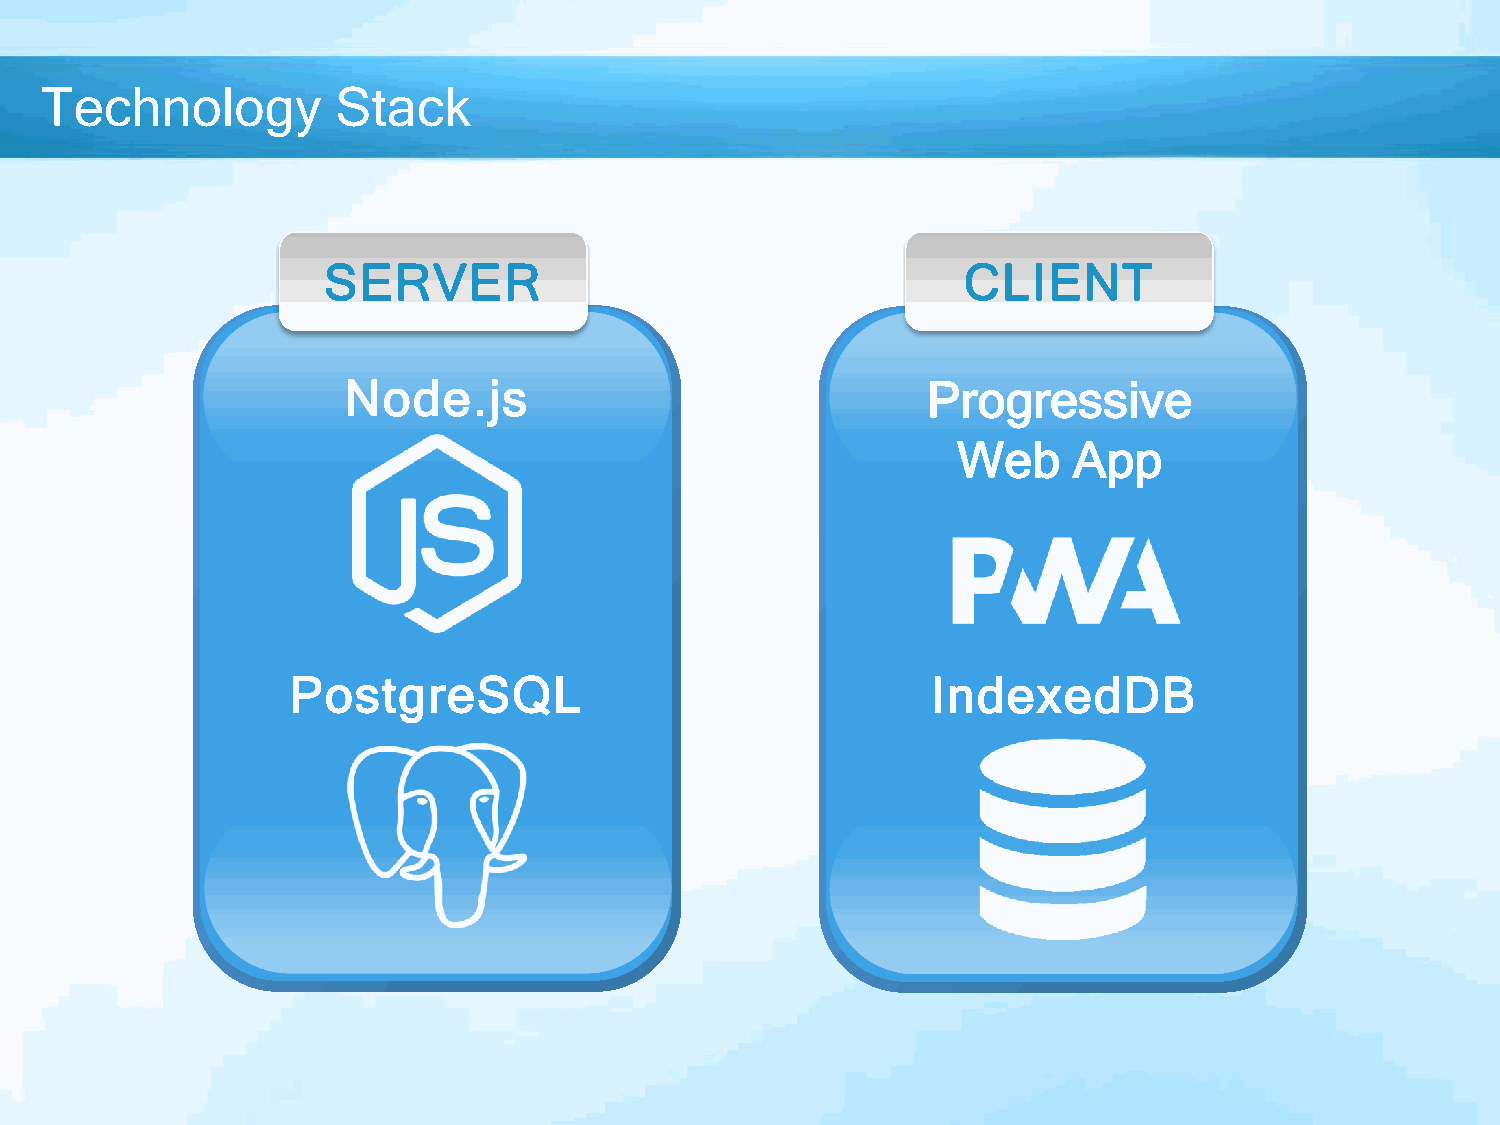
Technology         Stack
 SERVER                                     CLIENT
 Node.js                               Progressive
 Web     App
 PostgreSQL                                 IndexedDB
 СЕРВЕР